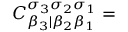
C _ { \beta _ { 3 } | \beta _ { 2 } \beta _ { 1 } } ^ { \sigma _ { 3 } \sigma _ { 2 } \sigma _ { 1 } } =